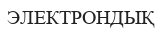
ЭЛЕКТРОНДЫҚ